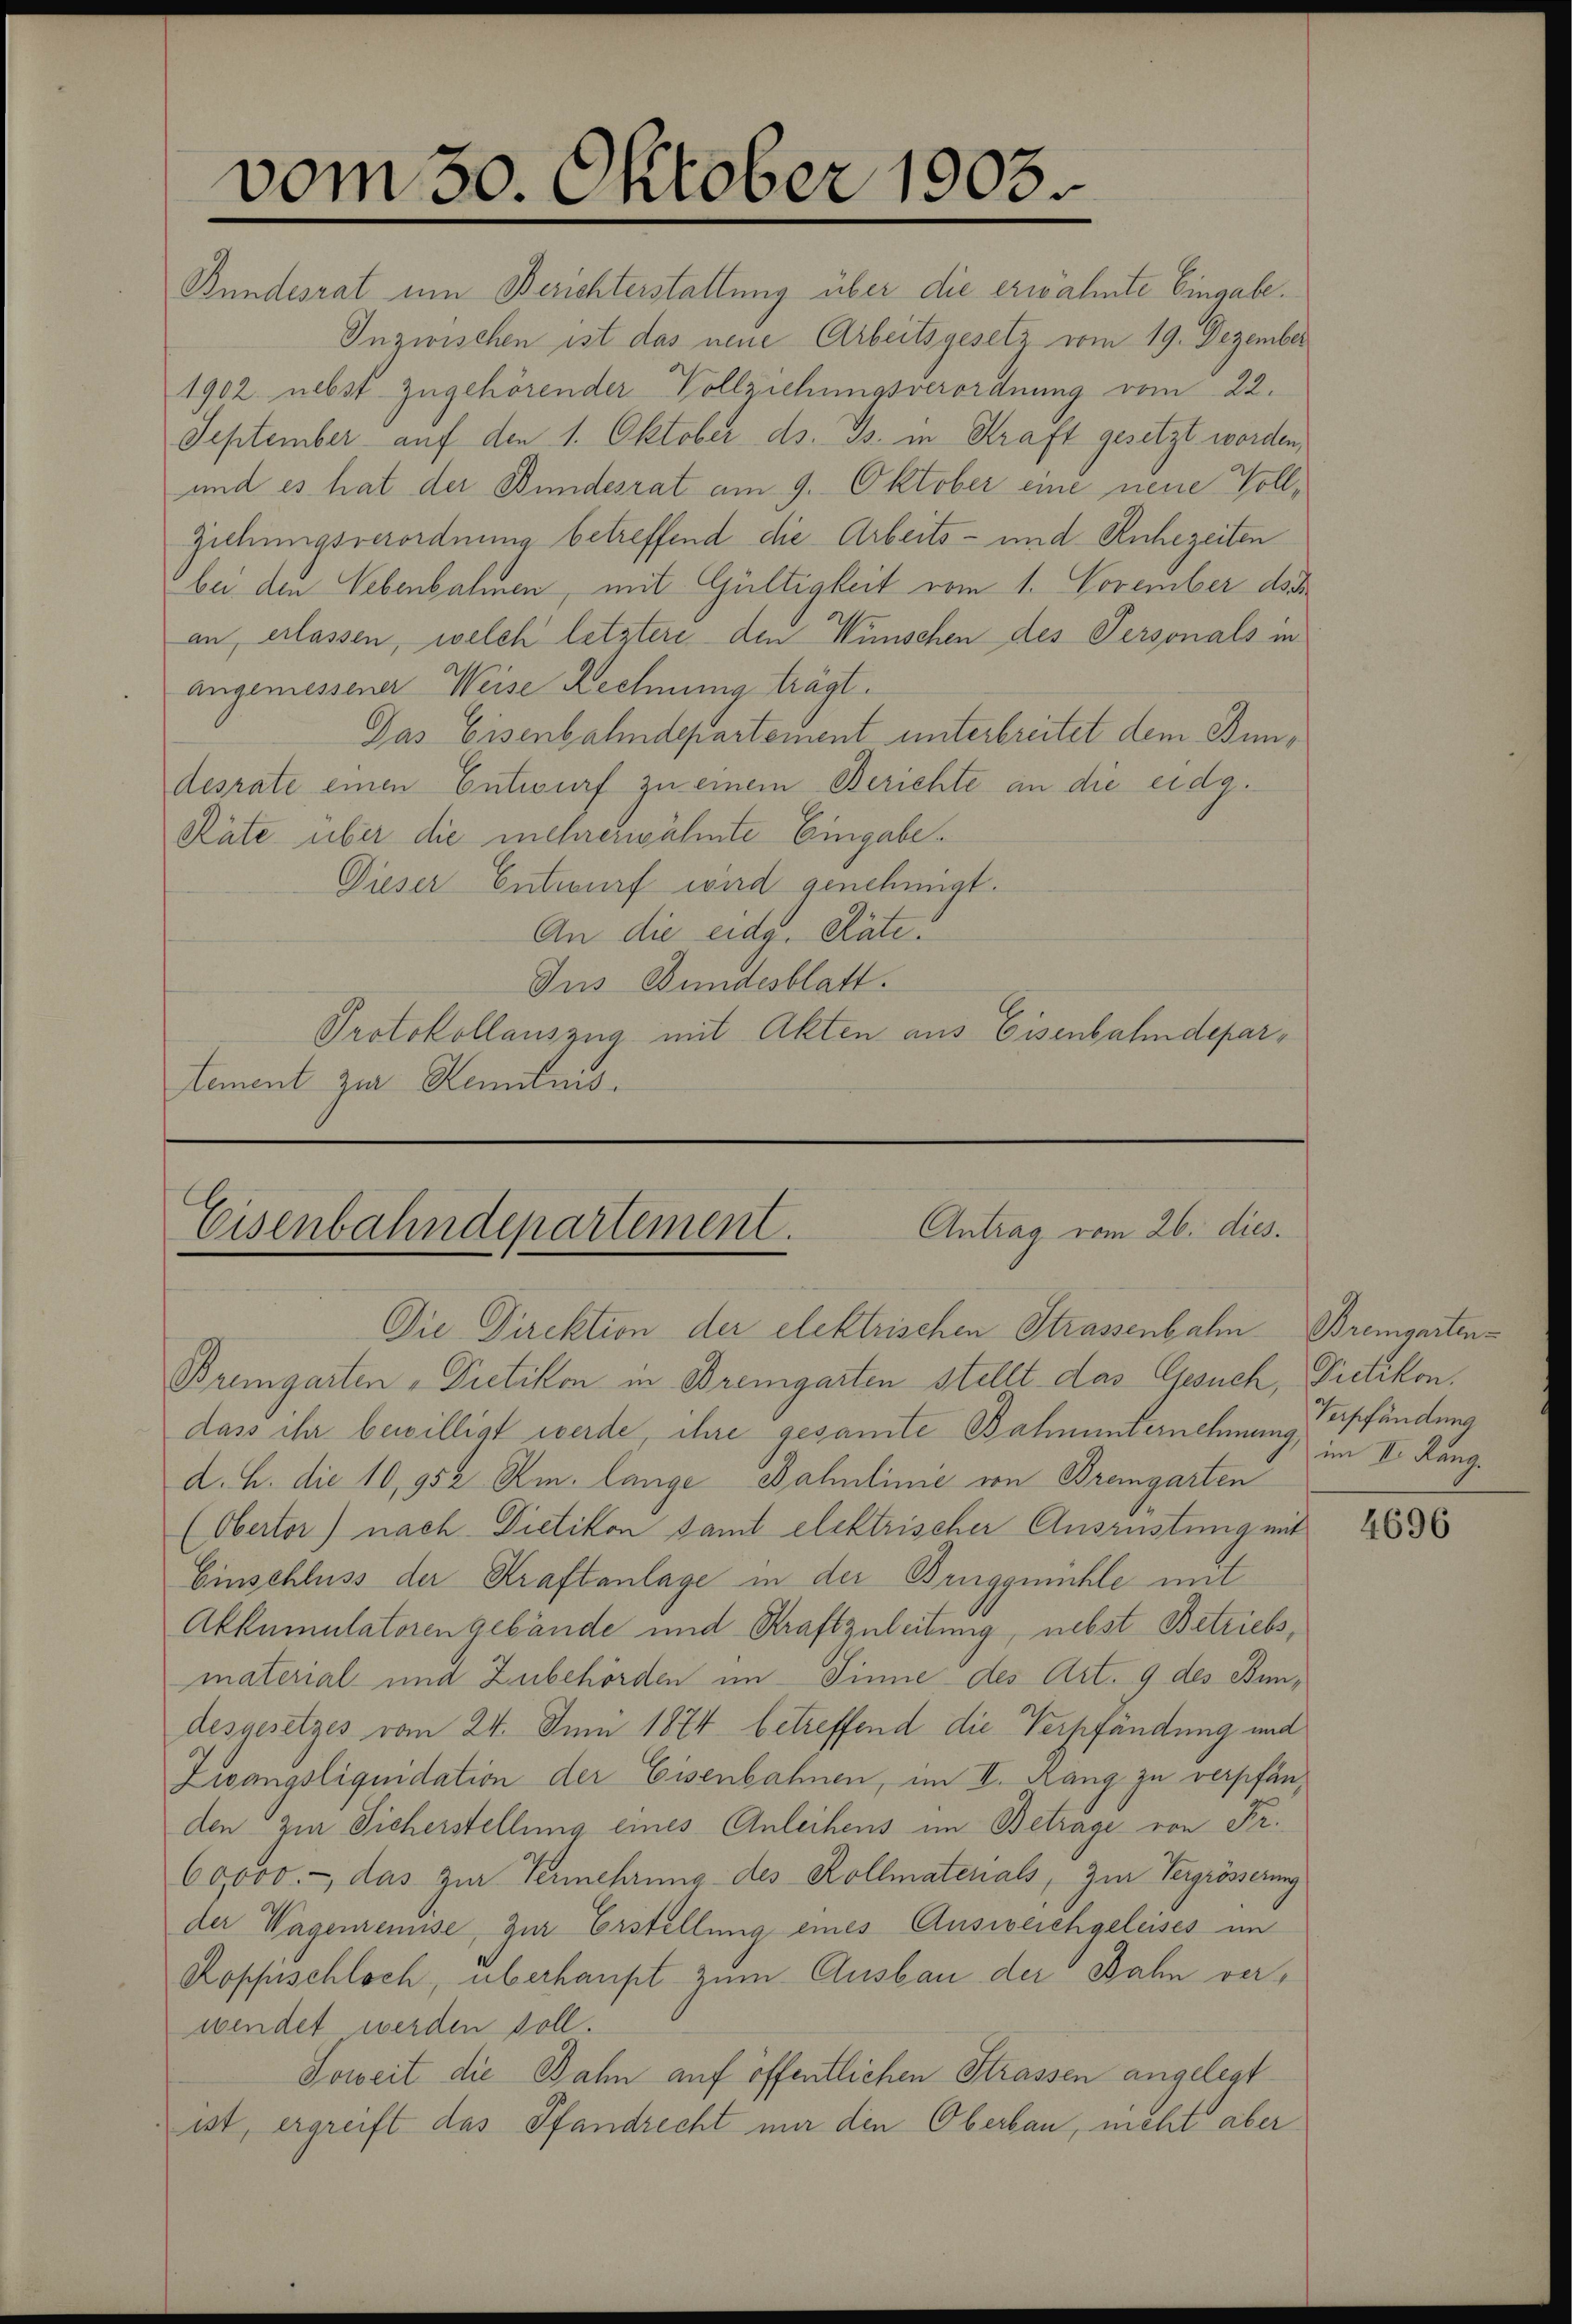
vom 30. Oktober 1903.

Antrag vom 26. dies.
Eisenbahndepartement.
Die Direktion der elektrischen Strassenbahn Bremgarten¬

Bundesrat um Berichterstattung über die erwähnte Eingabe.
Inzwischen ist das neue Arbeitsgesetz vom 19. Dezember
1902 nebst zugehörender Vollziehungsverordnung vom 22.
September auf den 1. Oktober ds. Js. in Kraft gesetzt worden,
und es hat der Bundesrat am 9. Oktober eine neue Vollziehungsverordnung betreffend die Arbeits- und Ruhezeiten
bei den Vebenbahnen, mit Gültigkeit vom 1. November doch
an, erlassen, welch letztere den Wünschen des Personals in
angemessener Weise Rechnung trägl.
Das Eisenbahndepartement unterbreitet dem Bundesrate einen Entwurf zu einem Berichte an die eidg.
Räte über die mehrerwähnte Eingabe.
Dieser Entwurf wird genehmigt.
An die eidg. Räte.
Jus Bundesblatt.
Protokollauszug mit Akten aus Eisenbahndepartement zur Kenntnis.

Bremgarten - Pretikon in Bremgarten stellt das Gesuch, Pretikon.
dass ihr bewilligt werde ihre gesamte Bahnunternehmung verpfändung
d. h. die 10,952 Rm. lange Dahulinie von Bremgarten
(Obertor) nach Dietikon samt elektrischer Ausrüstung mit
Einschluss der Kraftanlage in der Bruggmühle mit
Akkumulatoren gebände und Straftzuleitung, nebst Betriebs,
material und Zubehörden im Sinne des Art. 9 des Bundesgesetzes vom 24. Juni 1874 betreffend die Verpfändung und
Zivangsliquidation der Eisenbahnen, im II. Rang zu verpfänden zur Sicherstellung eines Anleihens im Betrage von Fr.
60000.- das zur Vermehrung des Kollmaterals, zur Vergrösserung
der Wagenremise, zur Erstellung eines Ausweichgeleises im
Kopfschloch, überhaupt zum Ausbau der Bahn verwendet werden soll.
Soweit die Bahn auf öffentlichen Strassen angelegt
ist, ergreift das Pfandrecht nur den Oberbau, nicht aber

im I. Rang.

4696